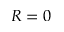
R = 0